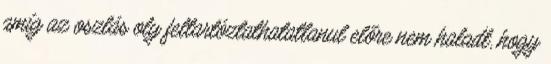
amíg az oszlás oly feltartóztathatatlanul előre nem haladt, hogy